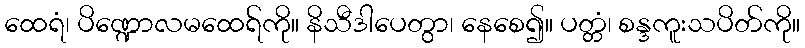
ထေရံ၊ ပိဏ္ဍောလမထေရ်ကို။ နိသီဒါပေတွာ၊ နေစေ၍။ ပတ္တံ၊ စန္ဒကူးသပိတ်ကို။